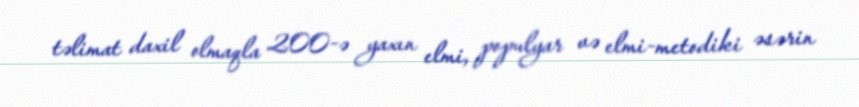
təlimat daxil olmaqla 200-ə yaxın elmi, populyar və elmi-metodiki əsərin